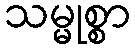
သမ္မုစ္စာ